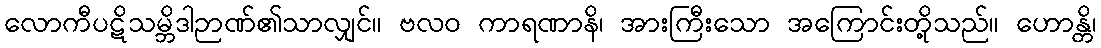
လောကီပဋိသမ္ဘိဒါဉာဏ်၏သာလျှင်။ ဗလဝ ကာရဏာနိ၊ အားကြီးသော အကြောင်းတို့သည်။ ဟောန္တိ၊